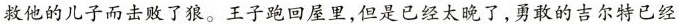
救他的儿子而击败了狼。王子跑回屋里，但是已经太晚了，勇敢的吉尔特已经